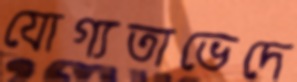
যোগ্যতাভেদে